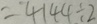
= 4 1 4 4 \div 2